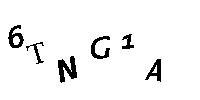
6TNG1A